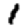
Digit: 1